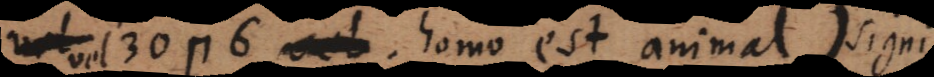
vel 30? 6, homo est animal) signi